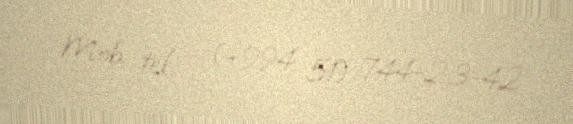
Mob. tel - (+994 51) 744-23-42